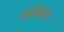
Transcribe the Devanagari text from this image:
कॅरिस्टिआस